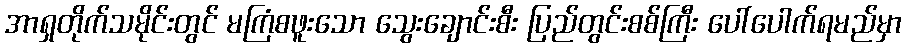
အာရှတိုက်သမိုင်းတွင် မကြံစဖူးသော သွေးချောင်းစီး ပြည်တွင်းစစ်ကြီး ပေါ်ပေါက်ရမည်မှာ